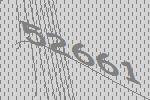
52661